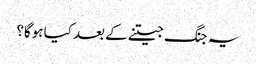
یہ جنگ جیتنے کے بعد کیا ہوگا؟